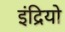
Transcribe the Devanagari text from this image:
इंद्रियो